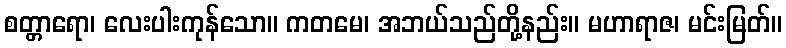
စတ္တာရော၊ လေးပါးကုန်သော။ ကတမေ၊ အဘယ်သည်တို့နည်း။ မဟာရာဇ၊ မင်းမြတ်။